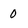
Character: 0